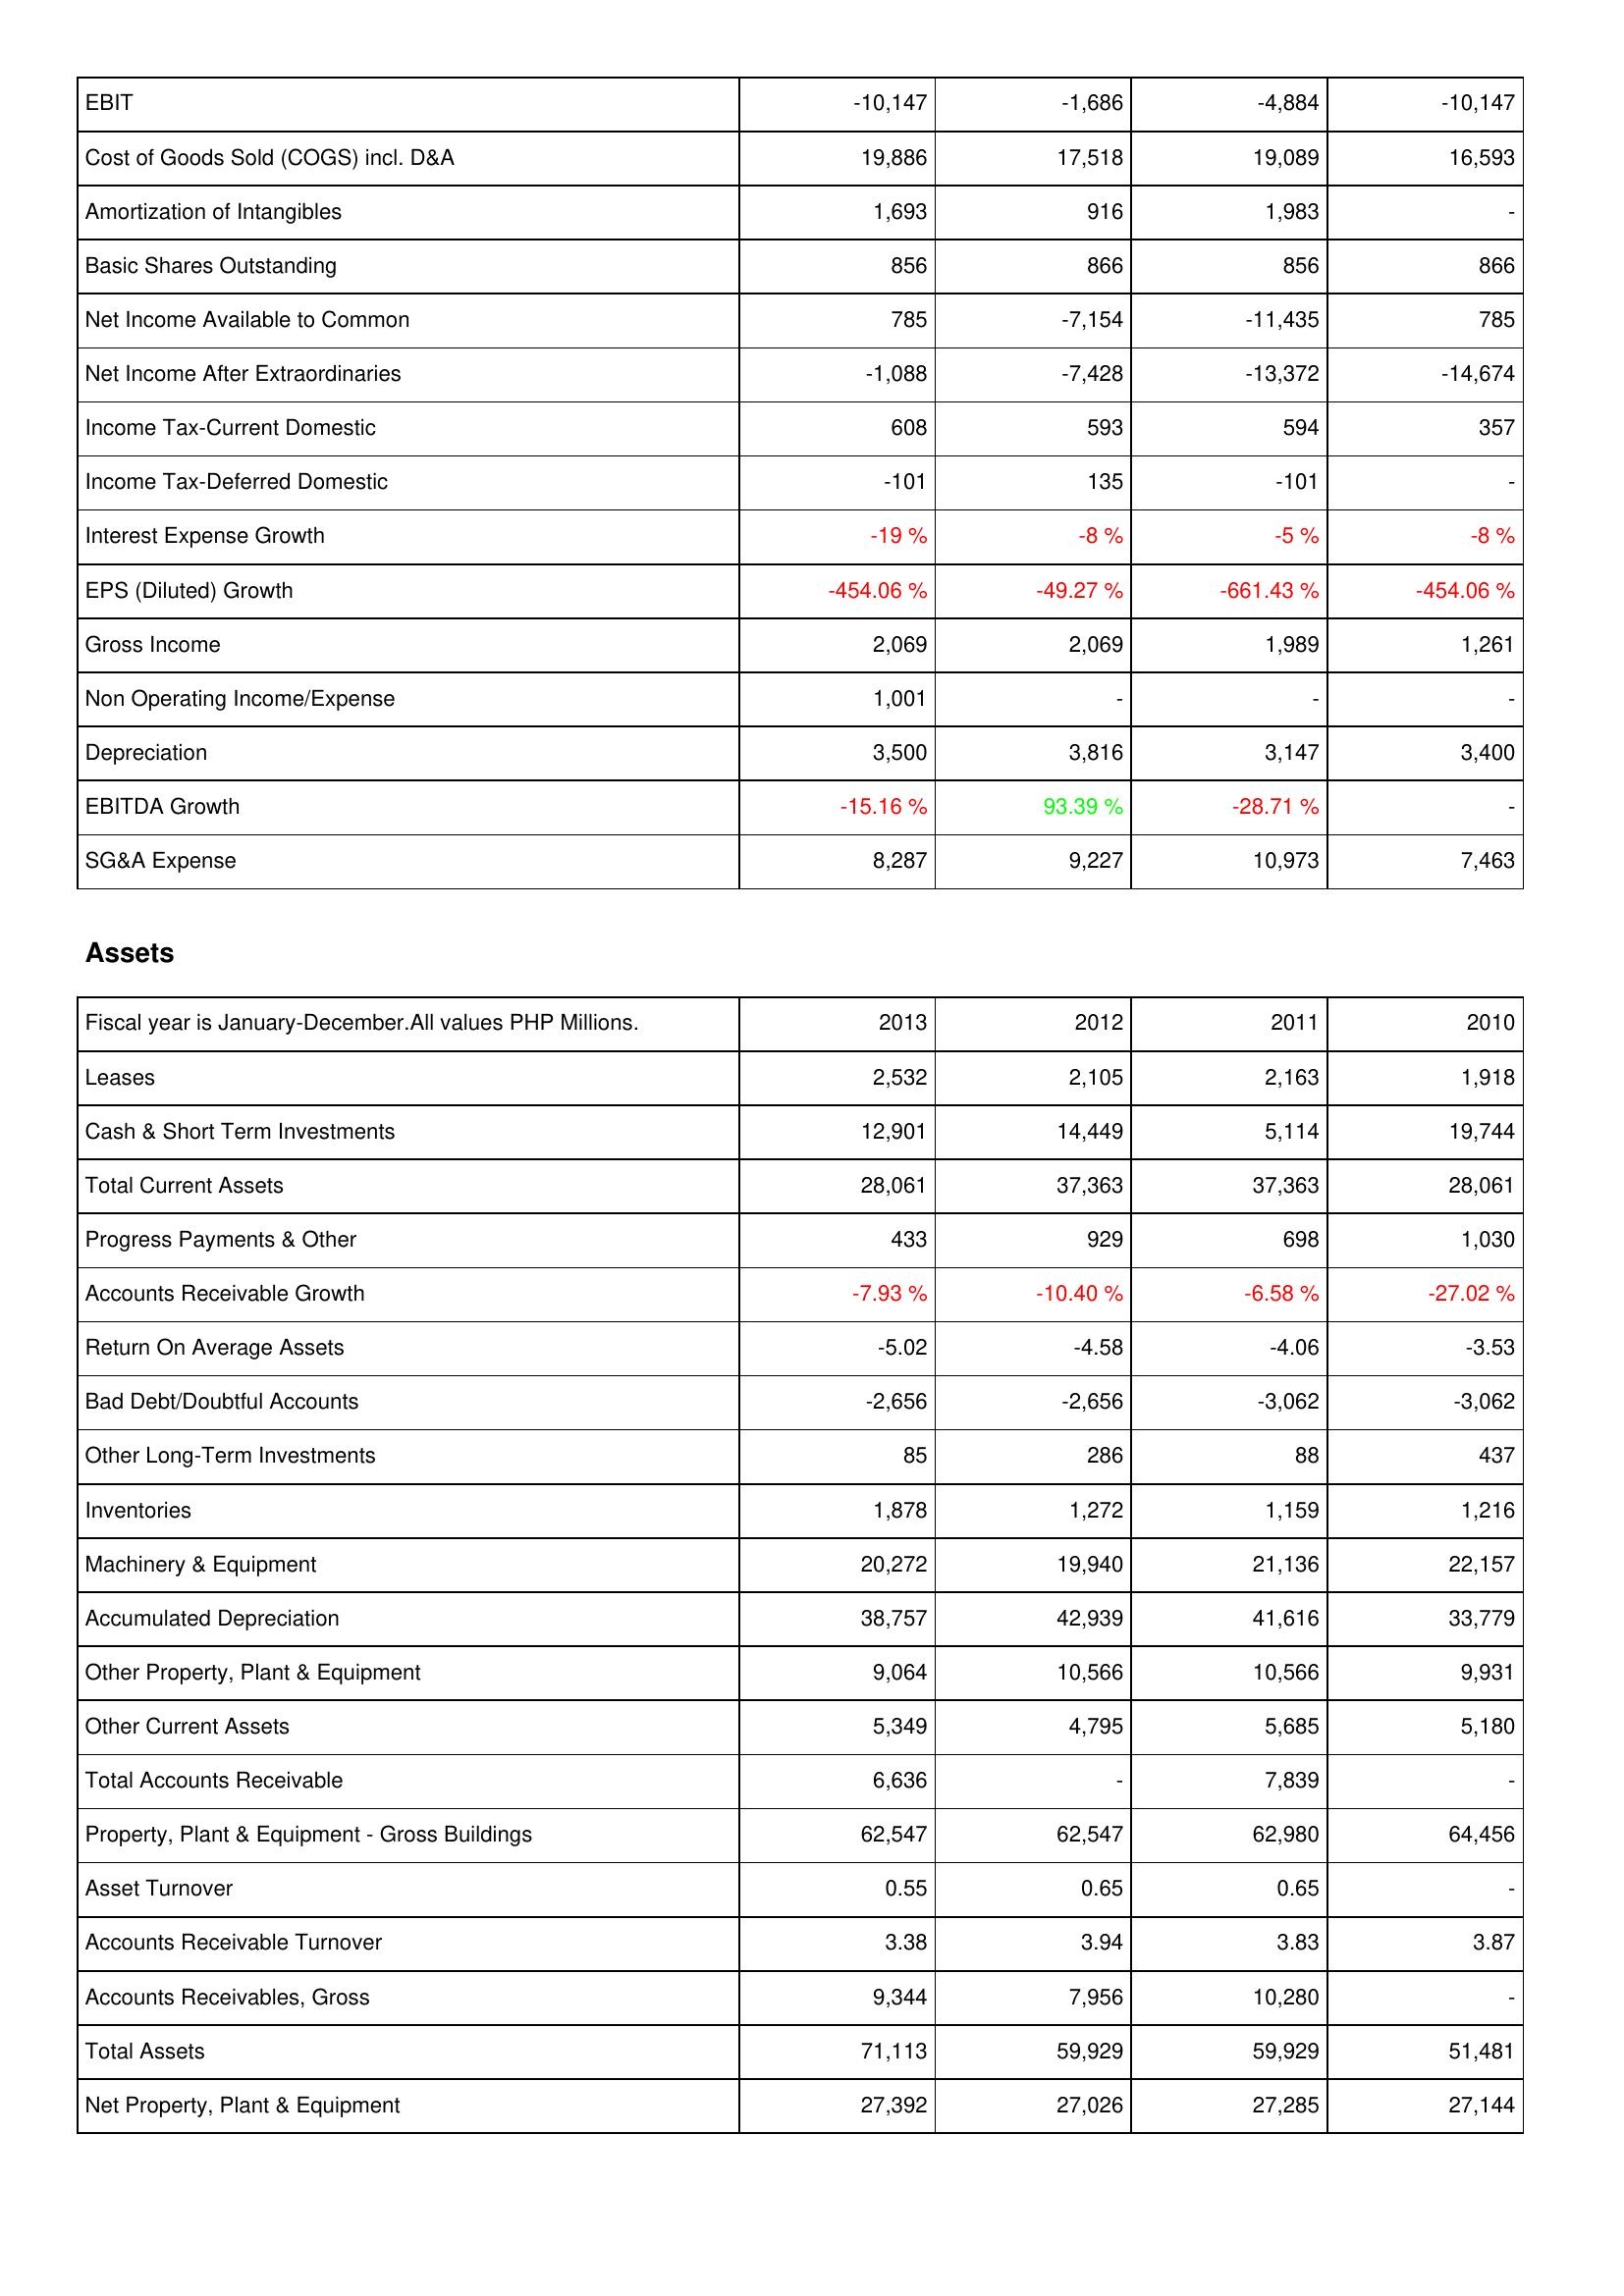
2013: Income Statement: EBIT: -10,147
Cost of Goods Sold (COGS) incl. D&A: 19,886
Amortization of Intangibles: 1,693
Basic Shares Outstanding: 856
Net Income Available to Common: 785
Net Income After Extraordinaries: -1,088
Income Tax-Current Domestic: 608
Income Tax-Deferred Domestic: -101
Interest Expense Growth: -19 %
EPS (Diluted) Growth: -454.06 %
Gross Income: 2,069
Non Operating Income/Expense: 1,001
Depreciation: 3,500
EBITDA Growth: -15.16 %
SG&A Expense: 8,287
Assets: Leases: 2,532
Cash & Short Term Investments: 12,901
Total Current Assets: 28,061
Progress Payments & Other: 433
Accounts Receivable Growth: -7.93 %
Return On Average Assets: -5.02
Bad Debt/Doubtful Accounts: -2,656
Other Long-Term Investments: 85
Inventories: 1,878
Machinery & Equipment: 20,272
Accumulated Depreciation: 38,757
Other Property, Plant & Equipment: 9,064
Other Current Assets: 5,349
Total Accounts Receivable: 6,636
Property, Plant & Equipment - Gross Buildings: 62,547
Asset Turnover: 0.55
Accounts Receivable Turnover: 3.38
Accounts Receivables, Gross: 9,344
Total Assets: 71,113
Net Property, Plant & Equipment: 27,392
2012: Income Statement: EBIT: -1,686
Cost of Goods Sold (COGS) incl. D&A: 17,518
Amortization of Intangibles: 916
Basic Shares Outstanding: 866
Net Income Available to Common: -7,154
Net Income After Extraordinaries: -7,428
Income Tax-Current Domestic: 593
Income Tax-Deferred Domestic: 135
Interest Expense Growth: -8 %
EPS (Diluted) Growth: -49.27 %
Gross Income: 2,069
Non Operating Income/Expense: -
Depreciation: 3,816
EBITDA Growth: 93.39 %
SG&A Expense: 9,227
Assets: Leases: 2,105
Cash & Short Term Investments: 14,449
Total Current Assets: 37,363
Progress Payments & Other: 929
Accounts Receivable Growth: -10.40 %
Return On Average Assets: -4.58
Bad Debt/Doubtful Accounts: -2,656
Other Long-Term Investments: 286
Inventories: 1,272
Machinery & Equipment: 19,940
Accumulated Depreciation: 42,939
Other Property, Plant & Equipment: 10,566
Other Current Assets: 4,795
Total Accounts Receivable: -
Property, Plant & Equipment - Gross Buildings: 62,547
Asset Turnover: 0.65
Accounts Receivable Turnover: 3.94
Accounts Receivables, Gross: 7,956
Total Assets: 59,929
Net Property, Plant & Equipment: 27,026
2011: Income Statement: EBIT: -4,884
Cost of Goods Sold (COGS) incl. D&A: 19,089
Amortization of Intangibles: 1,983
Basic Shares Outstanding: 856
Net Income Available to Common: -11,435
Net Income After Extraordinaries: -13,372
Income Tax-Current Domestic: 594
Income Tax-Deferred Domestic: -101
Interest Expense Growth: -5 %
EPS (Diluted) Growth: -661.43 %
Gross Income: 1,989
Non Operating Income/Expense: -
Depreciation: 3,147
EBITDA Growth: -28.71 %
SG&A Expense: 10,973
Assets: Leases: 2,163
Cash & Short Term Investments: 5,114
Total Current Assets: 37,363
Progress Payments & Other: 698
Accounts Receivable Growth: -6.58 %
Return On Average Assets: -4.06
Bad Debt/Doubtful Accounts: -3,062
Other Long-Term Investments: 88
Inventories: 1,159
Machinery & Equipment: 21,136
Accumulated Depreciation: 41,616
Other Property, Plant & Equipment: 10,566
Other Current Assets: 5,685
Total Accounts Receivable: 7,839
Property, Plant & Equipment - Gross Buildings: 62,980
Asset Turnover: 0.65
Accounts Receivable Turnover: 3.83
Accounts Receivables, Gross: 10,280
Total Assets: 59,929
Net Property, Plant & Equipment: 27,285
2010: Income Statement: EBIT: -10,147
Cost of Goods Sold (COGS) incl. D&A: 16,593
Amortization of Intangibles: -
Basic Shares Outstanding: 866
Net Income Available to Common: 785
Net Income After Extraordinaries: -14,674
Income Tax-Current Domestic: 357
Income Tax-Deferred Domestic: -
Interest Expense Growth: -8 %
EPS (Diluted) Growth: -454.06 %
Gross Income: 1,261
Non Operating Income/Expense: -
Depreciation: 3,400
EBITDA Growth: -
SG&A Expense: 7,463
Assets: Leases: 1,918
Cash & Short Term Investments: 19,744
Total Current Assets: 28,061
Progress Payments & Other: 1,030
Accounts Receivable Growth: -27.02 %
Return On Average Assets: -3.53
Bad Debt/Doubtful Accounts: -3,062
Other Long-Term Investments: 437
Inventories: 1,216
Machinery & Equipment: 22,157
Accumulated Depreciation: 33,779
Other Property, Plant & Equipment: 9,931
Other Current Assets: 5,180
Total Accounts Receivable: -
Property, Plant & Equipment - Gross Buildings: 64,456
Asset Turnover: -
Accounts Receivable Turnover: 3.87
Accounts Receivables, Gross: -
Total Assets: 51,481
Net Property, Plant & Equipment: 27,144